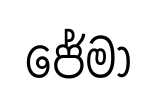
ජේමා